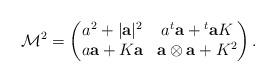
LaTeX: \begin{align*}{\mathcal{M}}^2 = \begin{pmatrix} a^2 + |{\bf a}|^2 & a {}^t{\bf a} + {}^t{\bf a} K \\a {\bf a } + K {\bf a} & {\bf a}\otimes {\bf a} + K^2 \end{pmatrix}.\end{align*}